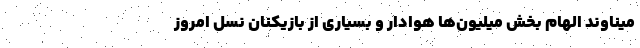
میناوند الهام بخش میلیون‌ها هوادار و بسیاری از بازیکنان نسل امروز